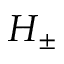
H _ { \pm }